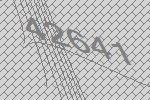
42641